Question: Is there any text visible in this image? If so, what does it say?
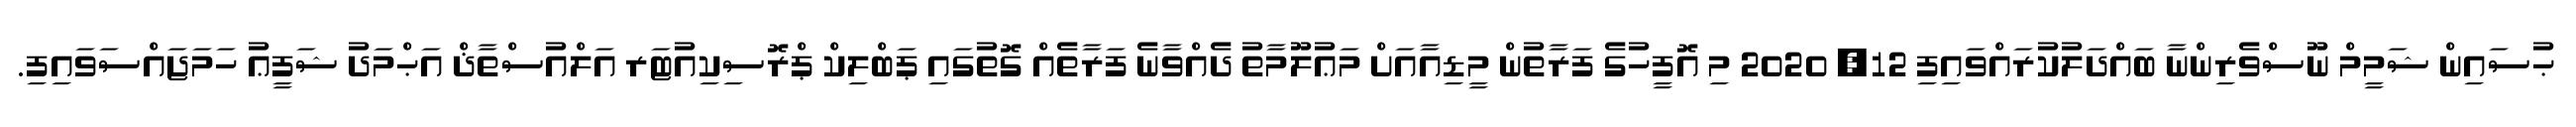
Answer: ޙުސައިން ޝަމީމް ނޫސްވެރިންނާ ބައްދަލުކުރައްވައިފި 12, 2020 މި އޮފީހުގެ ފަރާތުން މީޑިއާއަށް މަޢުލޫމާތު ދެއްވާނެ ފަރާތެއް ގޮތުގައި ޕަބްލިކް ޕްރޮސިކިއުޓަރ އަލްއުސްތާޛް އަޙްމަދު ޝަފީޢު ހަމަޖައްސަވައިފި.